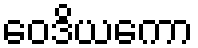
ဝေဒိယကော